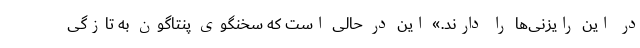
در این رایزنی‌ها را دارند.» این در حالی است که سخنگوی پنتاگون به تازگی